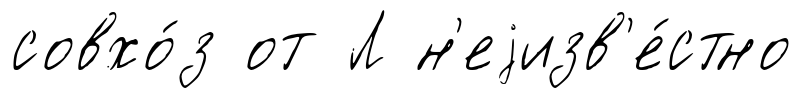
совхо́з от Л н'еjизв'е́стно